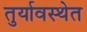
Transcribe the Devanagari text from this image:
तुर्यावस्थेत